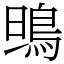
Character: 鴠